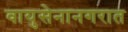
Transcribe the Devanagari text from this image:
वायुसेनानगरात